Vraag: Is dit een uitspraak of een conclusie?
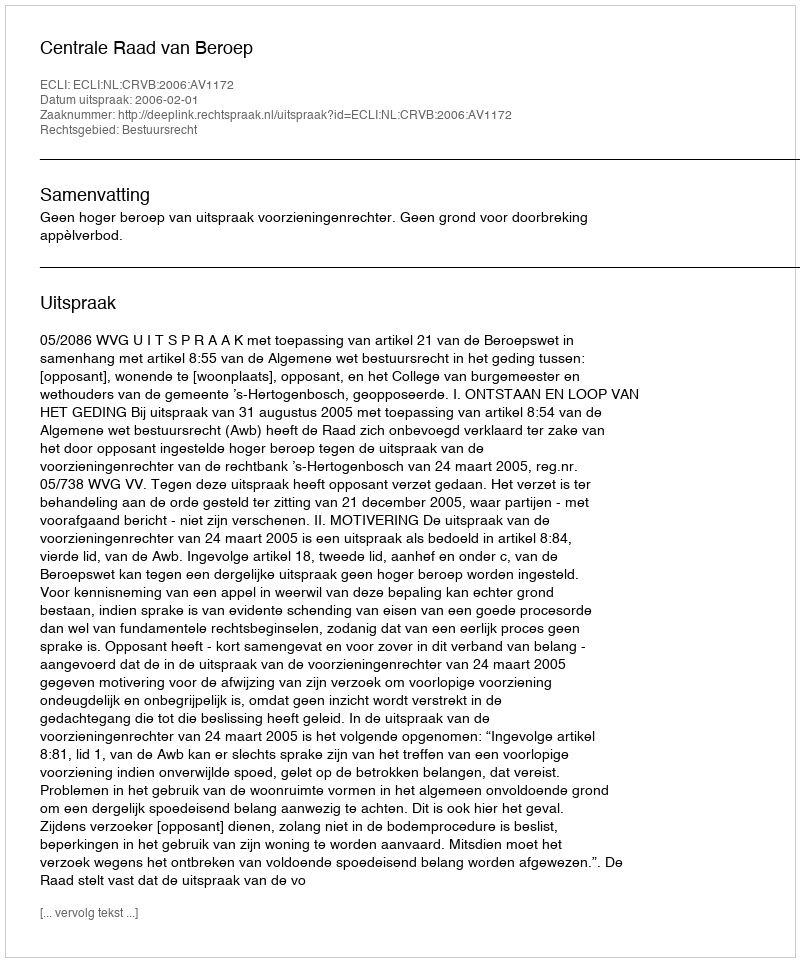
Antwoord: Uitspraak